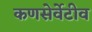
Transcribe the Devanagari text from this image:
कणसेर्वेटीव